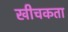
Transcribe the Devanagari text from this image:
खीचकता